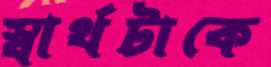
স্বার্থটাকে